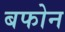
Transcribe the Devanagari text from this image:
बफोन